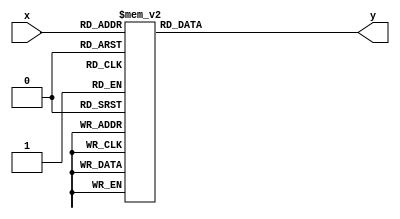
module seg7(
 input[2:0]x,
 output[7:0]y);
 reg[7:0]sout_t;
 always @(*)
  case(x)

   3'h1: sout_t=8'b11111001;
   3'h2: sout_t=8'b10100100;
   3'h3: sout_t=8'b10110000;
   3'h4: sout_t=8'b10011001;
   3'h5: sout_t=8'b10010010;
   3'h6: sout_t=8'b10000011;
   3'h7: sout_t=8'b11111000;
	3'h8: sout_t=8'b10000000;
   3'h9: sout_t=8'b10011000;

	default: sout_t=8'b11111111;
  endcase
 assign y = sout_t;
endmodule